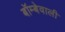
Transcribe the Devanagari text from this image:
बॉम्बेवाली